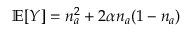
\mathbb { E } [ Y ] = n _ { a } ^ { 2 } + 2 \alpha n _ { a } ( 1 - n _ { a } )